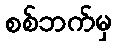
စစ်ဘက်မှ